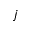
^ Ḋ j Ḍ